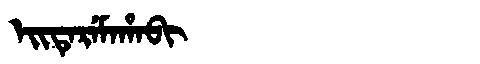
Manchu: ᡝᡳᡨᡝᡵᡝᠮᠠᡥᠠᠪᡳ
Romanization: EITEREMAHABI